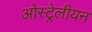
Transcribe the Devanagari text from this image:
ओस्ट्रेलीयन